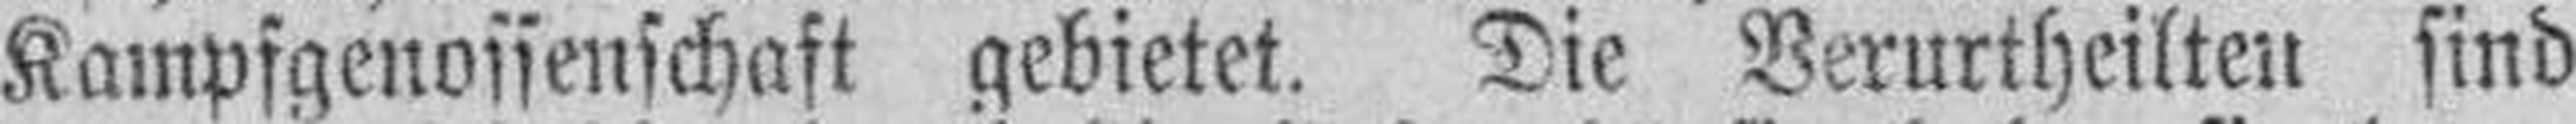
Kampfgenossenschaft gebietet. Die Verurtheilten sind